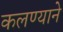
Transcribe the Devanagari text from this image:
कलण्याने